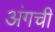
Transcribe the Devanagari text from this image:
अंगची